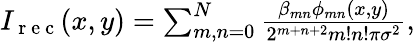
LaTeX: \begin{array}{r}{I_{\mathrm{~r~e~c~}}(x,y)=\sum_{m,n=0}^{N}\frac{\beta_{mn}\phi_{mn}(x,y)}{2^{m+n+2}m!n!\pi\sigma^{2}},}\end{array}